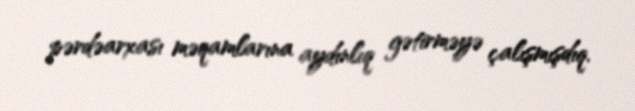
pərdəarxası məqamlarına aydınlıq gətirməyə çalışmışdıq.